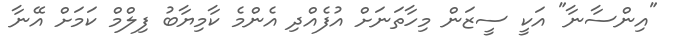
"އިންސާނާ" އަކީ ސީޒަން މިހާތަނަށް އުފެއްދި އެންމެ ކާމިޔާބު ފިލްމް ކަމަށް އޭނާ